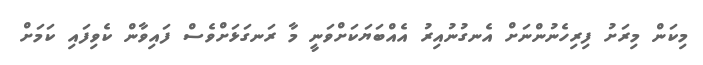
މިކަން މިރަށު ފިރިހެނުންނަށް އެނގުނުއިރު އެއްބަޔަކަށްވަނީ މާ ރަނގަޅަށްވެސް ފައިވާން ކެވިފައި ކަމަށް